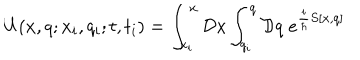
U ( x , q ; x _ { i } , q _ { i } ; t , t _ { i } ) = \int _ { x _ { i } } ^ { x } { \cal D } x \int _ { q _ { i } } ^ { q } { \cal D } q \; e ^ { { \frac { i } { \hbar } } S [ x , q ] }